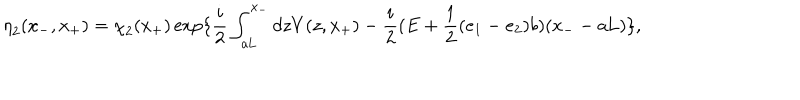
{ \eta } _ { 2 } ( x _ { - } , x _ { + } ) = { \chi } _ { 2 } ( x _ { + } ) \exp \{ \frac { i } { 2 } \int _ { a \mathrm { L } } ^ { x _ { - } } d z V ( z , x _ { + } ) - \frac { i } { 2 } ( E + \frac { 1 } { 2 } ( e _ { 1 } - e _ { 2 } ) b ) ( x _ { - } - a \mathrm { L } ) \} ,